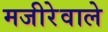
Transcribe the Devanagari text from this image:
मजीरेवाले